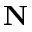
\textbf { N }